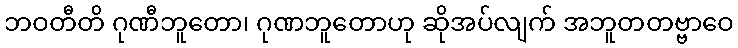
ဘဝတီတိ ဂုဏီဘူတော၊ ဂုဏဘူတောဟု ဆိုအပ်လျက် အဘူတတဗ္ဗာဝေ